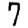
Digit: 7